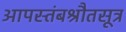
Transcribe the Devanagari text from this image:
आपस्तंबश्रौतसूत्र